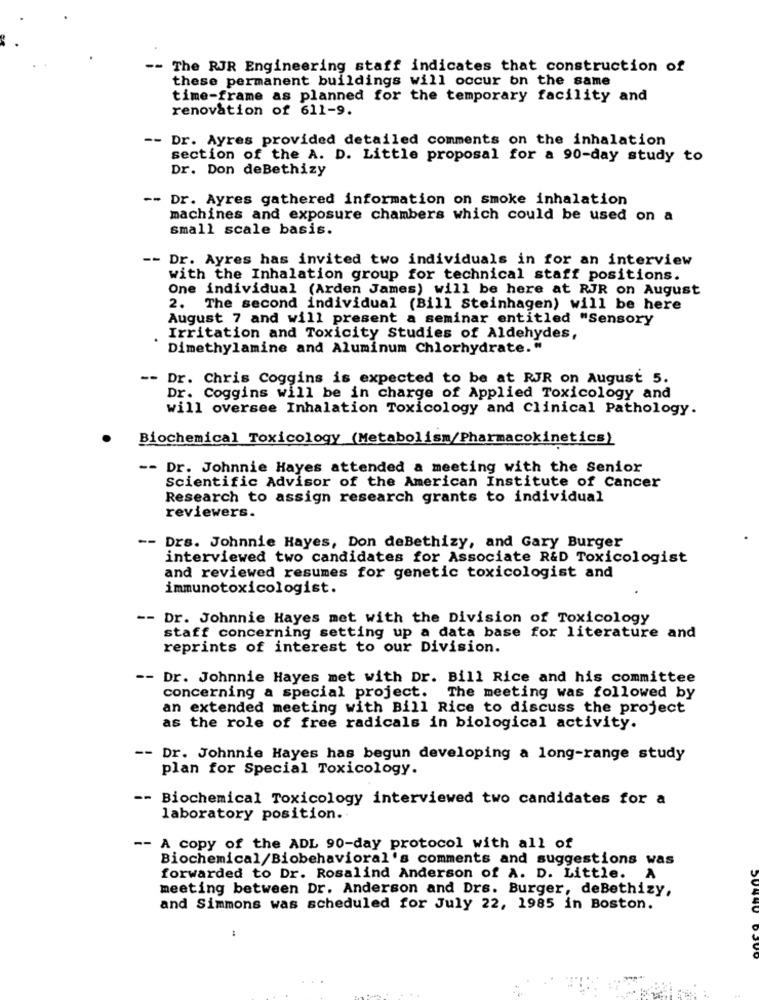
-- The RJR Engineering staff indicates that construction of
these permanent buildings will occur on the same
time-frame as planned for the temporary facility and
renovation of 611-9.
-- Dr. Ayres provided detailed comments on the inhalation
section of the A. D. Little proposal for a 90-day study to
Dr. Don deBethizy
-- Dr. Ayres gathered information on smoke inhalation
machines and exposure chambers which could be used on a
small scale basis.
-- Dr. Ayres has invited two individuals in for an interview
with the Inhalation group for technical staff positions.
One individual (Arden James) will be here at RJR on August
2. The second individual (Bill Steinhagen) will be here
August 7 and will present a seminar entitled "Sensory
Irritation and Toxicity Studies of Aldehydes,
Dimethylamine and Aluminum Chlorhydrate."
-- Dr. Chris Coggins is expected to be at RJR on August 5.
Dr. Coggins will be in charge of Applied Toxicology and
will oversee Inhalation Toxicology and Clinical Pathology.
Biochemical Toxicology (Metabolism/Pharmacokinetics)
-- Dr. Johnnie Hayes attended a meeting with the Senior
Scientific Advisor of the American Institute of Cancer
Research to assign research grants to individual
reviewers.
-- Drs. Johnnie Hayes, Don deBethizy, and Gary Burger
interviewed two candidates for Associate R&D Toxicologist
and reviewed resumes for genetic toxicologist and
immunotoxicologist.
-- Dr. Johnnie Hayes met with the Division of Toxicology
staff concerning setting up a data base for literature and
reprints of interest to our Division.
-- Dr. Johnnie Hayes met with Dr. Bill Rice and his committee
concerning a special project. The meeting was followed by
an extended meeting with Bill Rice to discuss the project
as the role of free radicals in biological activity.
-- Dr. Johnnie Hayes has begun developing a long-range study
plan for Special Toxicology.
--
Biochemical Toxicology interviewed two candidates for a
laboratory position.
--
A copy of the ADL 90-day protocol with all of
Biochemical/Biobehavioral's comments and suggestions was
forwarded to Dr. Rosalind Anderson of A. D. Little.
A
meeting between Dr. Anderson and Drs. Burger, deBethizy,
and Simmons was scheduled for July 22, 1985 in Boston.